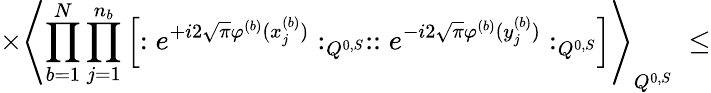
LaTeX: \times\left\langle\prod_{b=1}^{N}\prod_{j=1}^{n_{b}}\left[:e^{+i2\sqrt{\pi}\varphi^{(b)}(x_{j}^{(b)})}:_{Q^{0,S}}::e^{-i2\sqrt{\pi}\varphi^{(b)}(y_{j}^{(b)})}:_{Q^{0,S}}\right]\right\rangle_{Q^{0,S}}\; \leq